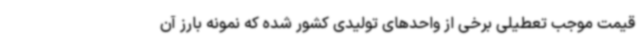
قیمت موجب تعطیلی برخی از واحدهای تولیدی کشور شده که نمونه بارز آن